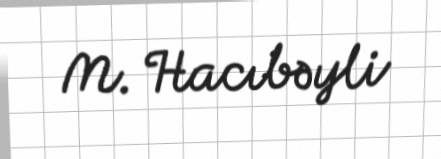
M. Hacıbəyli